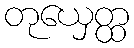
တုယှေတ္ထ